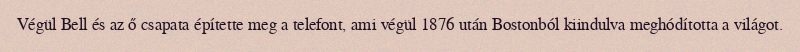
Végül Bell és az ő csapata építette meg a telefont, ami végül 1876 után Bostonból kiindulva meghódította a világot.